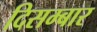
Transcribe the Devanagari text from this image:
दिसम्बार